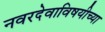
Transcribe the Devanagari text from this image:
नवरदेवाविषयीच्या